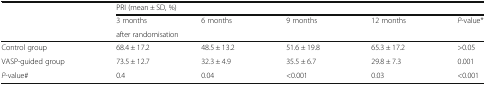
<table><thead><tr><td rowspan="3"></td><td colspan="5"><b>PRI (mean ± SD, %)</b></td></tr><tr><td><b>3 months</b></td><td><b>6 months</b></td><td><b>9 months</b></td><td><b>12 months</b></td><td><b><i>P</i>-value*</b></td></tr><tr><td colspan="5"><b>after randomisation</b></td></tr></thead><tbody><tr><td>Control group</td><td>68.4 ± 17.2</td><td>48.5 ± 13.2</td><td>51.6 ± 19.8</td><td>65.3 ± 17.2</td><td>&gt;0.05</td></tr><tr><td>VASP-guided group</td><td>73.5 ± 12.7</td><td>32.3 ± 4.9</td><td>35.5 ± 6.7</td><td>29.8 ± 7.3</td><td>0.001</td></tr><tr><td><i>P</i>-value#</td><td>0.4</td><td>0.04</td><td>&lt;0.001</td><td>0.03</td><td>&lt;0.001</td></tr></tbody></table>